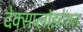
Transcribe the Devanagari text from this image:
देक्सप्लॉइटेशन